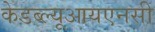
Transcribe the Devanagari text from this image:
केडब्ल्यूआयएनसी